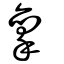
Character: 稟